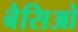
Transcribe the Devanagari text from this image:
बैसिओ